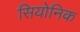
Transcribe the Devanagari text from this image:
सियोनिक